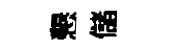
懇儲